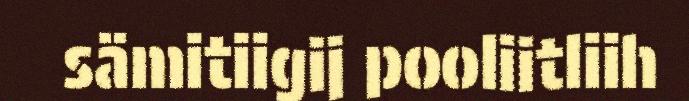
sämitiigij pooliitliih